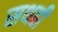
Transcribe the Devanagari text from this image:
सथही